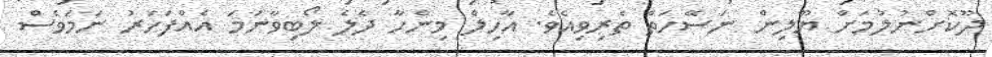
ދޫކޮށްނުލުމަށް ޔޫލިން ނަސޭހަތް ތެރިވިއެވެ. އާހިލް މިންހާ ދެލެ ލޯބިވާނަމަ އެއްފަަހަރު ނަމަވެސް